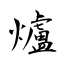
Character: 爐